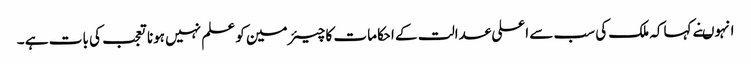
انہوںنے کہاکہ ملک کی سب سے اعلی عدالت کے احکامات کا چیئرمین کو علم نہیں ہونا تعجب کی بات ہے ۔